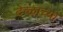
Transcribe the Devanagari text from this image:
देव्ळाच्या